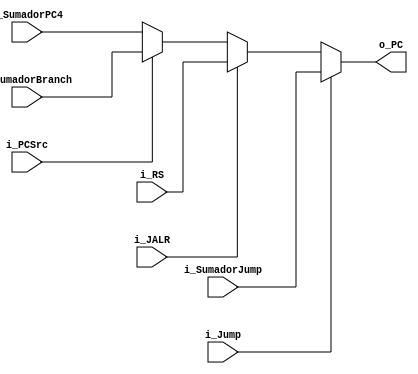
`timescale 1ns / 1ps

module Mux_PC
    #(
        parameter NBITS     =  32
    )
    (
        input   wire                            i_Jump          ,
        input   wire                            i_JALR          ,
        input   wire                            i_PCSrc         ,
        input   wire    [NBITS-1      :0]       i_SumadorBranch ,
        input   wire    [NBITS-1      :0]       i_SumadorPC4    ,        
        input   wire    [NBITS-1      :0]       i_SumadorJump   ,
        input   wire    [NBITS-1      :0]       i_RS            ,
        output  wire    [NBITS-1      :0]       o_PC            
    );
    
    reg             [NBITS-1  :0]          PC_reg   ;
   
     
    assign          o_PC             =     PC_reg   ;
      
    
    always @(*)
    begin
        
        if(i_Jump)
            PC_reg      <=  i_SumadorJump   ;
        else if (i_JALR)
            PC_reg      <=  i_RS            ;
        else if(i_PCSrc)
            PC_reg      <=  i_SumadorBranch ;
        else
            PC_reg      <=  i_SumadorPC4    ;  
    end   
endmodule